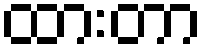
ထားတာ